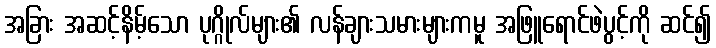
အခြား အဆင့်နိမ့်သော ပုဂ္ဂိုလ်များ၏ လန်ချားသမားများကမူ အဖြူရောင်ဖဲပွင့်ကို ဆင်၍